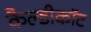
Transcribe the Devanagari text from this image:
कैल्डीकॉट